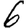
Digit: 6